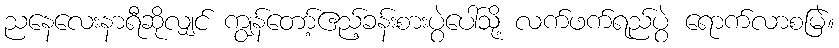
ညနေလေးနာရီဆိုလျှင် ကျွန်တော့်ဧည့်ခန်းစားပွဲပေါ်သို့ လက်ဖက်ရည်ပွဲ ရောက်လာစမြဲ။